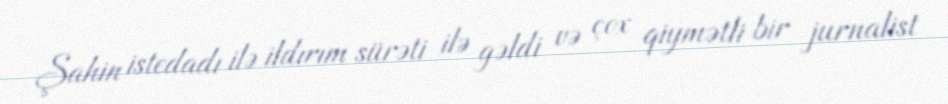
Şahin istedadı ilə ildırım sürəti ilə gəldi və çox qiymətli bir jurnalist